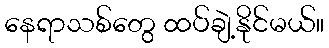
နေရာသစ်တွေ ထပ်ချဲ့နိုင်မယ်။